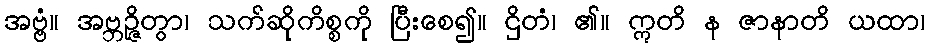
အဗ္ဗံ။ အဗ္ဘဉ္ဇိတွာ၊ သက်ဆိုကိစ္စကို ပြီးစေ၍။ ဌိတံ၊ ၏။ ဣတိ န ဇာနာတိ ယထာ၊